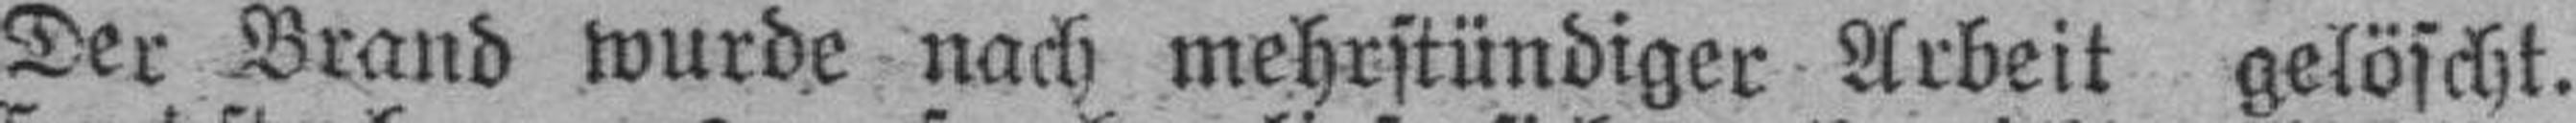
Der Brand wurde nach mehrstündiger Arbeit gelöscht.